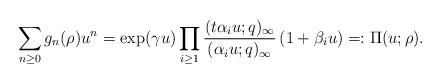
LaTeX: \begin{align*}\sum_{n\ge 0} g_n(\rho) u^n= \exp(\gamma u) \prod_{i\ge 1} \frac{(t\alpha_iu;q)_\infty}{(\alpha_i u;q)_\infty}\,(1+\beta_i u)=: \Pi(u;\rho).\end{align*}